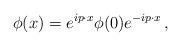
LaTeX: \begin{align*} \phi(x) = e^{ip\cdot x} \phi(0) e^{-ip\cdot x} \, ,\end{align*}